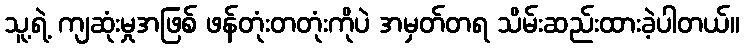
သူ့ရဲ့ ကျဆုံးမှုအဖြစ် ဖန်တုံးတတုံးကိုပဲ အမှတ်တရ သိမ်းဆည်းထားခဲ့ပါတယ်။